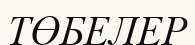
ТӨБЕЛЕР